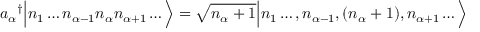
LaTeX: { a _ { \alpha } } ^ { \dagger } { \Big | } n _ { 1 } \ldots n _ { \alpha - 1 } n _ { \alpha } n _ { \alpha + 1 } \ldots { \Big \rangle } = { \sqrt { n _ { \alpha } + 1 } } { \Big | } n _ { 1 } \ldots , n _ { \alpha - 1 } , ( n _ { \alpha } + 1 ) , n _ { \alpha + 1 } \ldots { \Big \rangle }